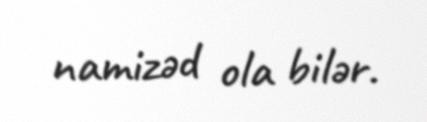
namizəd ola bilər.